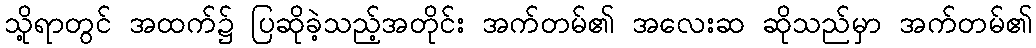
သို့ရာတွင် အထက်၌ ပြဆိုခဲ့သည့်အတိုင်း အက်တမ်၏ အလေးဆ ဆိုသည်မှာ အက်တမ်၏